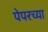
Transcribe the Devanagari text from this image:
पेपरच्या